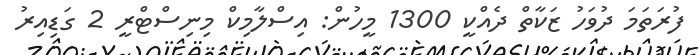
ފުރަތަމަ ދުވަހު ޒަކާތް ދެއްކީ 1300 މީހުން: އިސްލާމިކް މިނިސްޓްރީ 2 ގަޑިއިރު